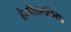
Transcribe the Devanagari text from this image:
हेमीक्रानिया